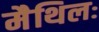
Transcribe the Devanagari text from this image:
मैथिलः